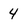
Character: 4